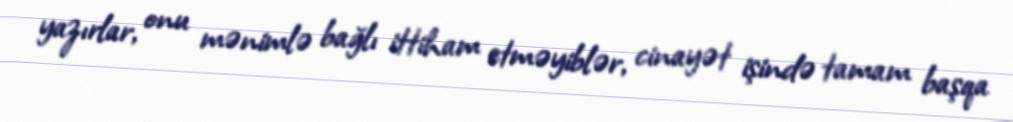
yazırlar, onu mənimlə bağlı ittiham etməyiblər, cinayət işində tamam başqa